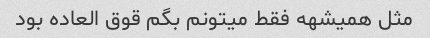
مثل همیشهه فقط میتونم بگم قوق العاده بود